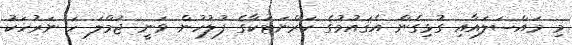
މި މައްސަލައާއި ގުޅިގެން އެޤައުމުގެ ކަރްނަޓަކާގެ ފުލުހުން ވަނީ ޖުމްލަ ހަ ނަރުހަކު